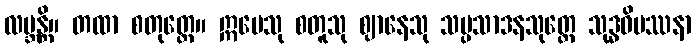
လဗ္ဘန္တိ။ တထာ စတုတ္ထေ။ ဣမေသု စတူသု ဈာနေသု သမ္ပသာဒနသုတ္တေ သုဒ္ဓဝိပဿနာ